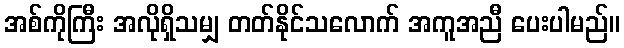
အစ်ကိုကြီး အလိုရှိသမျှ တတ်နိုင်သလောက် အကူအညီ ပေးပါမည်။